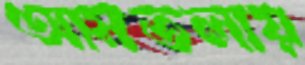
আমতলায়